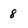
Character: 8